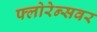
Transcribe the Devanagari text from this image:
फ्लोरेन्सवर